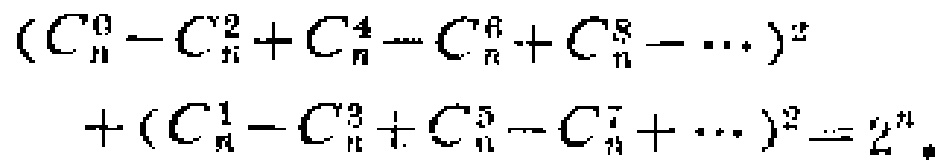
\((C_{n}^{0}-C_{n}^{2}+C_{n}^{4}-C_{n}^{6}+C_{n}^{8}-\cdots)^{2}+(C_{n}^{1}-C_{n}^{3}+C_{n}^{5}-C_{n}^{7}+\cdots)^{2}=2^{n}\)